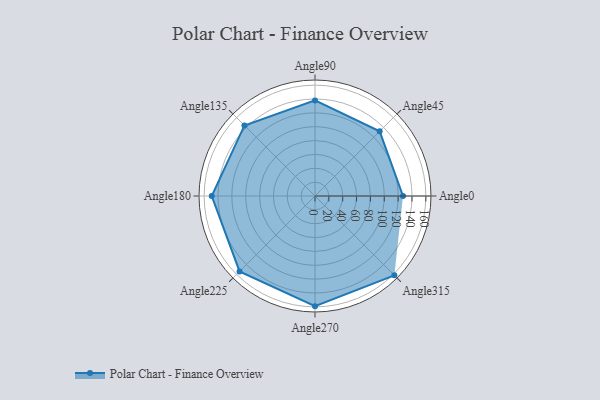
{"axis": {"x": "Angle", "y": "Radius"}, "legend": [""], "data": [{"x": "Angle0", "y": 127.0, "type": ""}, {"x": "Angle45", "y": 132.0, "type": ""}, {"x": "Angle90", "y": 138.0, "type": ""}, {"x": "Angle135", "y": 144.0, "type": ""}, {"x": "Angle180", "y": 149.0, "type": ""}, {"x": "Angle225", "y": 154.0, "type": ""}, {"x": "Angle270", "y": 159.0, "type": ""}, {"x": "Angle315", "y": 162.0, "type": ""}]}